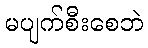
မပျက်စီးစေဘဲ